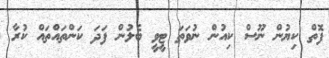
ފޮތް ކިޔުން ނޫސް ކިއުން ނުވަތަ ޓީވީ ބެލުން ފަދަ ކަންތައްތައް ކުރާ